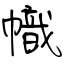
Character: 幟